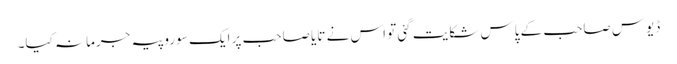
ڈیوس صاحب کے پاس شکایت گئی تو اس نے تایا صاحب پر ایک سو روپیہ جرمانہ کیا۔